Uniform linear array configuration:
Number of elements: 12
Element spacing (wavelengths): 0.25
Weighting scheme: hamming
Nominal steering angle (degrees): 0
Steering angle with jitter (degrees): -1.222
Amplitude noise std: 0.05
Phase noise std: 0.05

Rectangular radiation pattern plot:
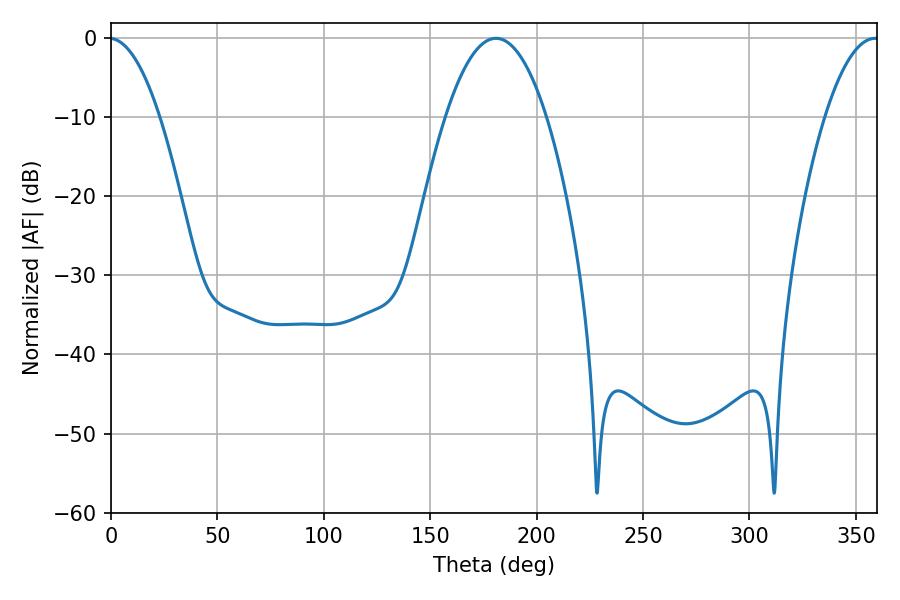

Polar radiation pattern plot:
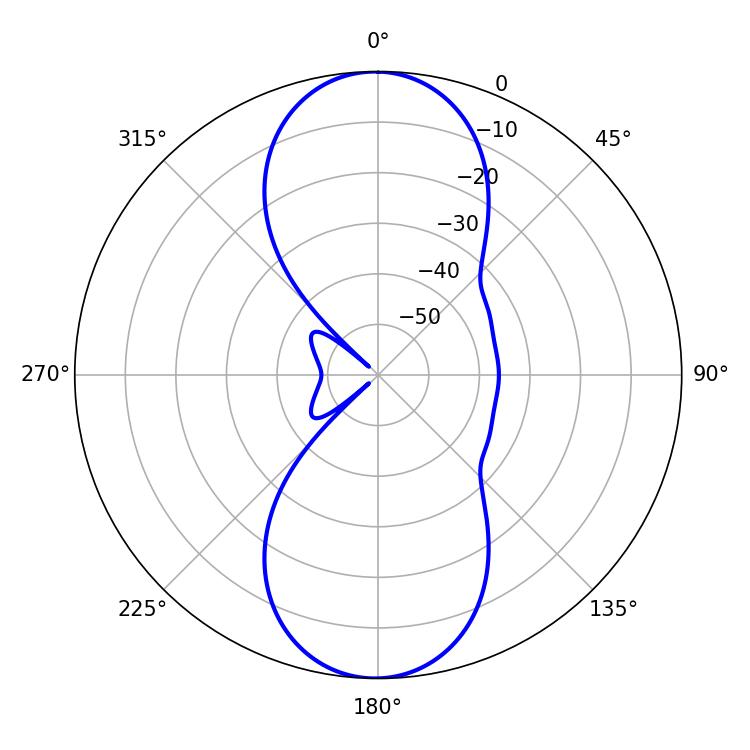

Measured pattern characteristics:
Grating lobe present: FALSE
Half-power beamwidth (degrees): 26.28
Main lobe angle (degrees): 180.9